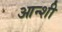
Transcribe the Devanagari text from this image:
आन्शी